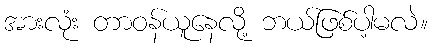
အားလုံး တာဝန်ယူနေလို့ ဘယ်ဖြစ်ပါ့မလဲ။